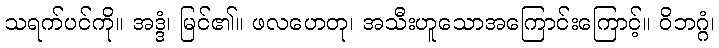
သရက်ပင်ကို။ အဒ္ဒံ၊ မြင်၏။ ဖလဟေတု၊ အသီးဟူသောအကြောင်းကြောင့်။ ဝိဘဂ္ဂံ၊